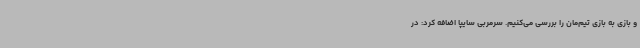
و بازی به بازی تیم‌مان را بررسی می‌کنیم. سرمربی سایپا اضافه کرد: در